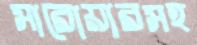
সারোয়ারসহ